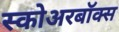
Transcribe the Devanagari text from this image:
स्कोअरबॉक्स